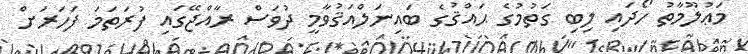
މަޢުލޫމާތު ހޯދައި ލިބި ގަތުމުގެ ޙައްޤުގެ ބައިނަލްއަޤުވާމީ ދުވަސް ރާއްޖޭގައި ފުރަތަމަ ފަހަރަށް